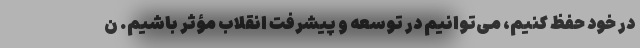
در خود حفظ کنیم، می‌توانیم در توسعه و پیشرفت انقلاب مؤثر باشیم. ن